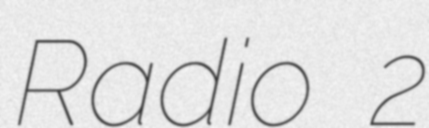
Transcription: Radio 2